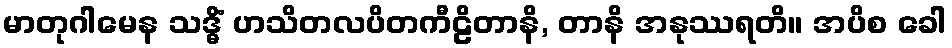
မာတုဂါမေန သဒ္ဓိံ ဟသိတလပိတကီဠိတာနိ, တာနိ အနုဿရတိ။ အပိစ ခေါ